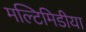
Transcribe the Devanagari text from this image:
मल्टिमिडीया